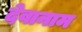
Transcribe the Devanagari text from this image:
देवानाम